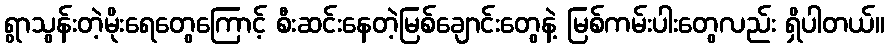
ရွာသွန်းတဲ့မိုးရေတွေကြောင့် စီးဆင်းနေတဲ့မြစ်ချောင်းတွေနဲ့ မြစ်ကမ်းပါးတွေလည်း ရှိပါတယ်။